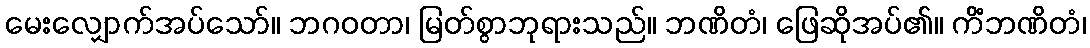
မေးလျှောက်အပ်သော်။ ဘဂဝတာ၊ မြတ်စွာဘုရားသည်။ ဘဏိတံ၊ ဖြေဆိုအပ်၏။ ကိံဘဏိတံ၊